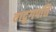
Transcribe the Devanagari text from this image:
वादूगपत्ति